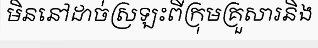
មិននៅដាច់ស្រឡះពីក្រុមគ្រួសារនិង